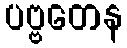
ပဗ္ဗတေန